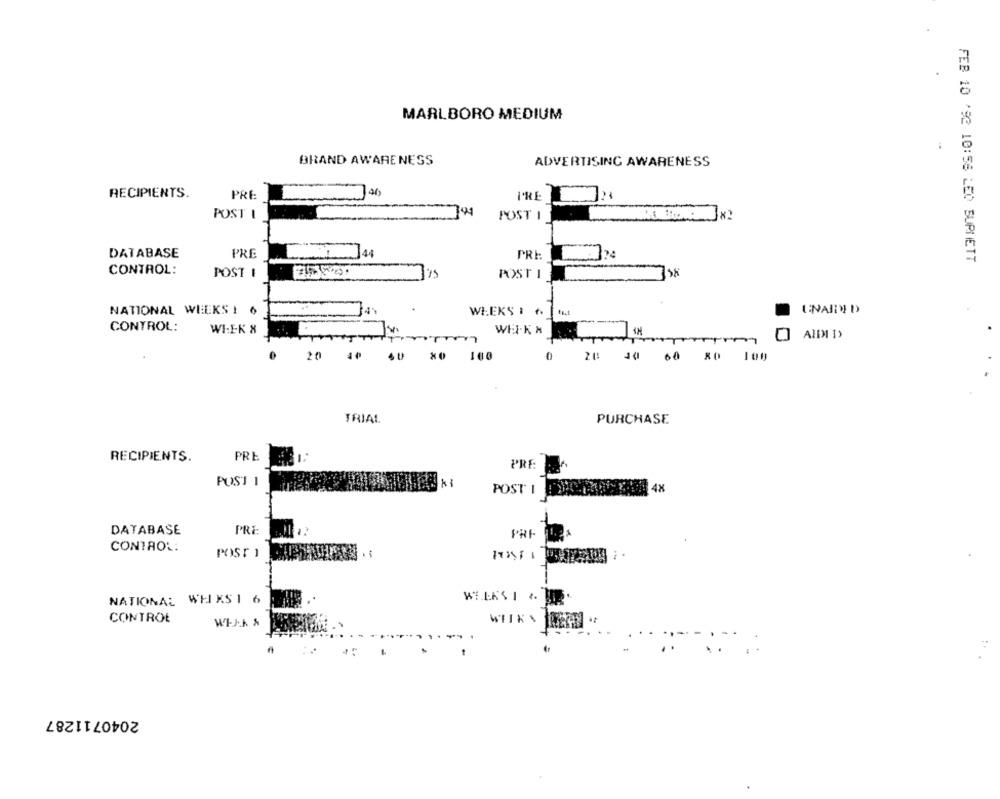
MARLBORO MEDIUM
BRAND AWARENESS
ADVERTISING AWARENESS
RECIPIENTS.
7ª
PRE
POST I
191
POST 1
DATABASE
PRE
PRE
FEB 10 '92 10:58 LEO BURNETT
CONTROL:
POST :
POST 1
NATIONAL WEEKS I
WEEKS 1 6.
TT
UNAIND
CONTROL:
WIEK 8
WEI-K N
20
×0
100
0
30 60 80 100
TRIAL
PURCHASE
RECIPIENTS.
PRE
PRE
POST 1
4x
POST I
DATABASE
PR
PRI
CONTROL:
POST I
NATIONAL WH KS 1 6
CONTROL
WITK\
2040711287